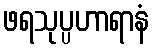
ဖရသုပ္ပဟာရာနံ